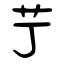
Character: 艼